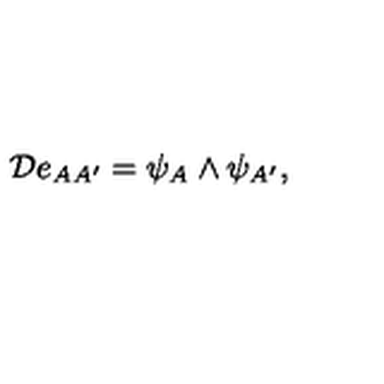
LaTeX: { \cal { D } } e _ { A A ^ { \prime } } = \psi _ { A } \wedge \psi _ { A ^ { \prime } } ,